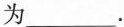
为___。